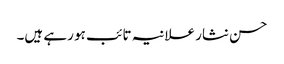
حسن نثار علانیہ تائب ہو رہے ہیں۔